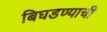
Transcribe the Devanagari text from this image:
बिघडण्याची